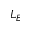
L _ { E }